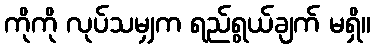
ကိုကို လုပ်သမျှက ရည်ရွယ်ချက် မရှိ။